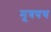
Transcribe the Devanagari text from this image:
मूत्रपथ